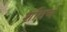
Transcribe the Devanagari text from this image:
र्शावण